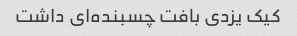
کیک یزدی بافت چسبنده‌ای داشت